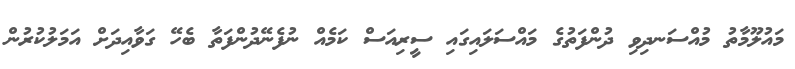
މައުލޫމާތު މުއްސަނދިވި ދުންފަތުގެ މައްސަލައިގައި ސީރިއަސް ކަމެއް ނުފެނޭދުންފަތާ ބެހޭ ގަވާއިދަށް އަމަލުކުރުން